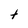
Character: t